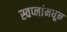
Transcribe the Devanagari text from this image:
स्वप्नांमधून